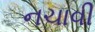
નચાવી